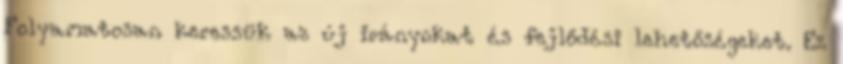
Folyamatosan keressük az új irányokat és fejlődési lehetőségeket. Ez